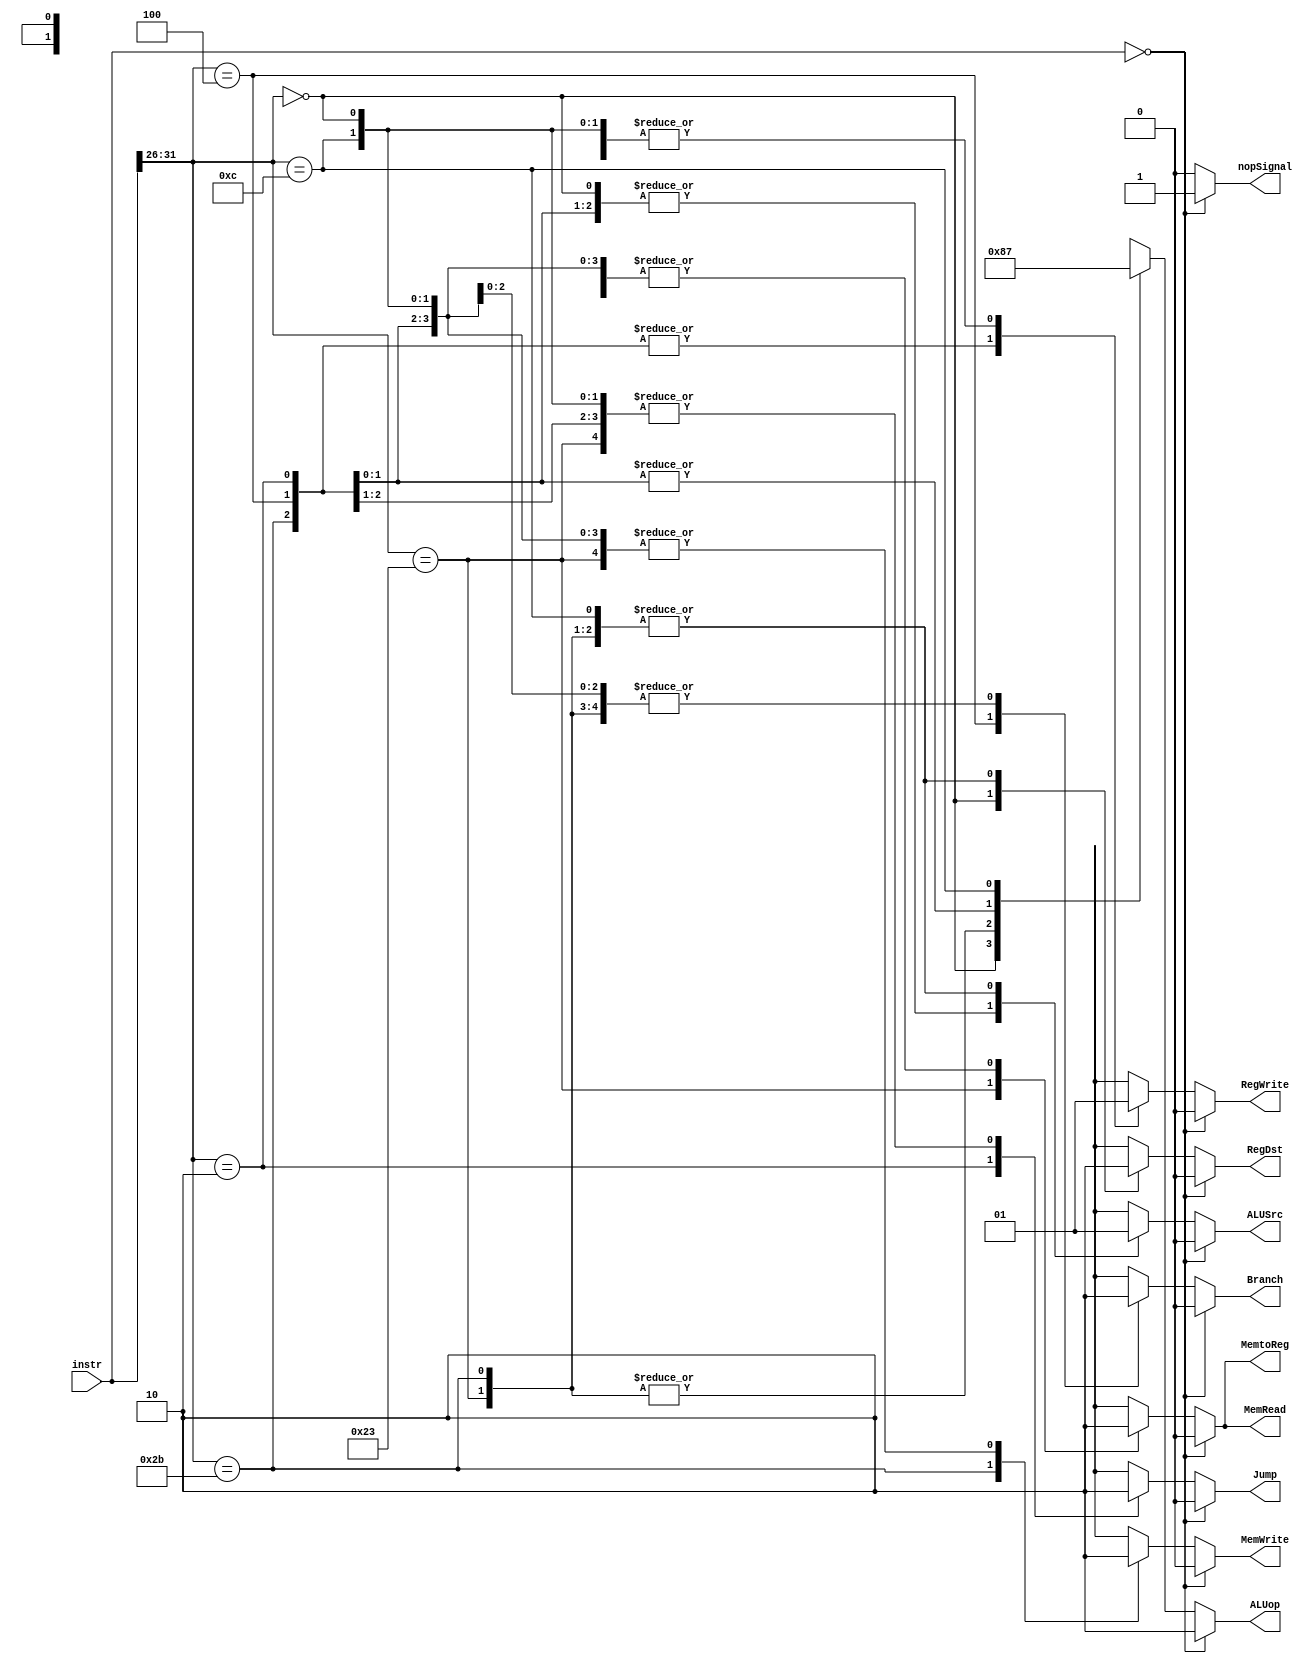
module ControlUnit(instr, ALUop, RegWrite, Branch, RegDst, MemRead, MemWrite, MemtoReg, ALUSrc, Jump, nopSignal);
  input[31:0] instr;
  output RegWrite, Branch, RegDst, MemRead, MemWrite, ALUSrc, Jump, MemtoReg;
  output[1:0] ALUop;
  output nopSignal;
  
  reg nopSignal;
  reg RegWrite, Branch, RegDst, MemRead, MemWrite, ALUSrc, Jump, MemtoReg;
  reg[1:0] ALUop;
  parameter R_FORMAT = 6'd0;
  parameter LW = 6'd35;
  parameter SW = 6'd43;
  parameter BEQ = 6'd4;
	parameter J = 6'd2;
  parameter ANDI = 6'd12; // 0xC i-type
  
  wire [5:0] opcode;
  assign opcode = instr[31:26];
  
  always@(instr) begin
    if (instr == 32'd0) begin
      nopSignal = 1;  ALUop = 2'b10;
      RegDst = 0; RegWrite = 0; MemRead = 0; MemWrite = 0;
      ALUSrc = 0; Jump = 0; Branch = 0; MemtoReg = 1'b0;
    end
    else begin
      nopSignal = 0; 
      case(opcode)
        R_FORMAT:
        begin
          ALUop = 2'b10;
          RegDst = 1; RegWrite = 1; MemRead = 0; MemWrite = 0;
          ALUSrc = 0; Jump = 0; Branch = 0; MemtoReg = 1'b0;
        end
        LW:
        begin
          ALUop = 2'b00; // ALU perform add
          RegDst = 1'b0; RegWrite = 1; MemRead = 1; MemWrite = 0;
          ALUSrc = 1; Jump = 0; Branch = 0; MemtoReg = 1'b1;
        end
        SW:
        begin
          ALUop = 2'b00; // ALU perform add
          RegDst = 0; ALUSrc = 1; MemRead = 0; MemWrite = 1;
          RegWrite = 0; Jump = 0; Branch = 0; MemtoReg = 0;
        end
        BEQ:
        begin
          ALUop = 2'b01; // ALU perform sub
          RegDst = 1'bx; ALUSrc = 0; MemRead = 0; MemWrite = 0;
          RegWrite = 0; Jump = 0; Branch = 1; MemtoReg = 0;
        end
        J:
        begin
          ALUop = 2'b01;
          RegDst = 1'bx; ALUSrc = 0; MemRead = 0; MemWrite = 0;
          RegWrite = 0; Jump = 1; Branch = 0; MemtoReg = 0;
        end
        ANDI: // ALUSrc = 1, inputB is immed
        begin
          ALUop = 2'b11;
          RegDst = 1'b0; ALUSrc = 1; MemRead = 0; MemWrite = 0;
          RegWrite = 1; Jump = 0; Branch = 0; MemtoReg = 0;
        end
        default:
        begin
          $display("control_single unimplemented opcode %d", opcode);
				  RegDst=1'bx; ALUSrc=1'bx; MemtoReg=1'bx; RegWrite=1'bx; MemRead=1'bx; 
				  MemWrite=1'bx; Branch=1'bx; Jump = 1'bx; ALUop = 2'bxx;
			  end
		  endcase
    end
  end
endmodule